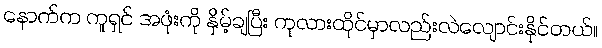
နောက်က ကူရှင် အဖုံးကို နှိမ့်ချပြီး ကုလားထိုင်မှာလည်းလဲလျောင်းနိုင်တယ်။